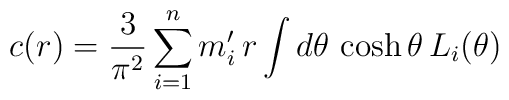
c(r)=\frac{3}{\pi ^{2}}\sum_{i=1}^{n}m_{i}^{\prime }\,r\int d\theta \,\cosh\theta \,L_{i}(\theta )